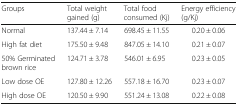
| Groups | Total weight gained (g) | Total food consumed (Kj) | Energy efficiency (g/Kj) |
 | --- | --- | --- | --- |
 | Normal | 137.44 ± 7.14 | 698.45 ± 11.55 | 0.20 ± 0.06 |
 | High fat diet | 175.50 ± 9.48 | 847.05 ± 14.10 | 0.21 ± 0.07 |
 | 50% Germinated brown rice | 124.71 ± 3.78 | 546.01 ± 6.95 | 0.23 ± 0.05 |
 | Low dose OE | 127.80 ± 12.26 | 557.18 ± 16.70 | 0.23 ± 0.07 |
 | High dose OE | 120.50 ± 9.90 | 551.24 ± 13.08 | 0.22 ± 0.08 |